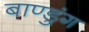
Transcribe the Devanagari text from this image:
बाण्डुंग